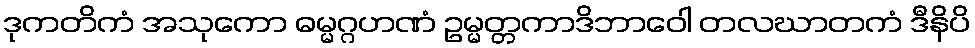
ဒုကတိကံ အသုကော ဓမ္မဂ္ဂဟဏံ ဥမ္မတ္တကာဒိဘာဝေါ တလဃာတကံ ဒီနိပိ